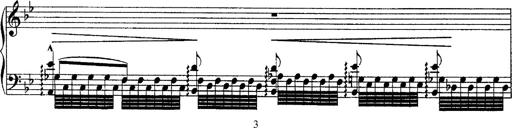
Title: Grandes Ã©tudes de Paganini
Composer: Franz Liszt